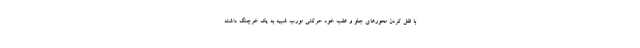
با قفل کردن محورهای جلو و عقب خود حرکتی مورب شبیه به یک خرچنگ داشته